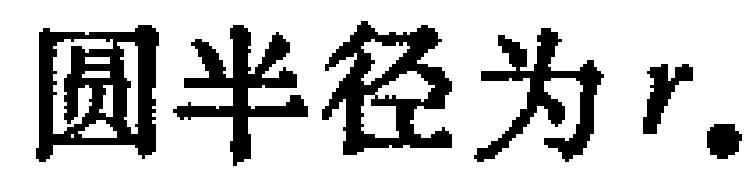
圆半径为 \(r\).